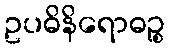
ဥပဓိနိရောဓဉ္စ